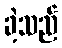
ခဲ့သည်